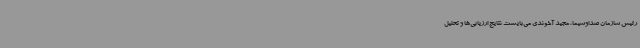
رئیس سازمان صداوسیما، مجید آخوندی می‌بایست نتایج ارزیابی‌ها و تحلیل